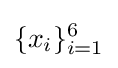
\{x_{i}\}_{i=1}^{6}